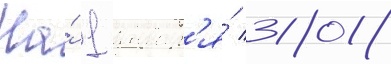
На́ 1 январ'я́ 2018